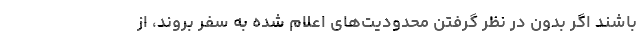
باشند اگر بدون در نظر گرفتن محدودیت‌های اعلام شده به سفر بروند، از